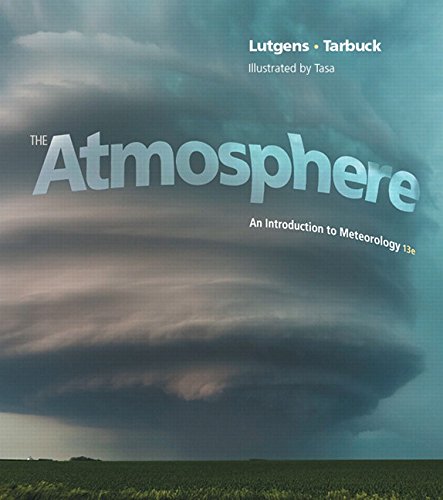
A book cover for The Atmosphere: An Introduction to Meteorology (13th Edition) (MasteringMeteorology Series); Frederick K. Lutgens; Science & Math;